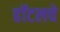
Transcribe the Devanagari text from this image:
हॉटलचे